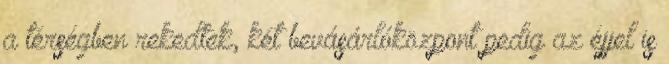
a térségben rekedtek, két bevásárlóközpont pedig az éjjel is